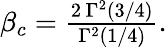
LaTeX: \begin{array}{r}{\beta_{c}=\frac{2\, \Gamma^{2}\left(3/4\right)}{\Gamma^{2}\left(1/4\right)}.}\end{array}